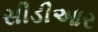
સીડીઆર